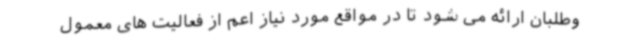
وطلبان ارائه می شود تا در مواقع مورد نیاز اعم از فعالیت های معمول